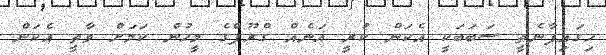
ހިގައިފާނެތީ ސަބަބަކީ އެކަން ކުރީ އަނެއް ގްރޫޕްގެ މީހުން ކަމަށް ވާތީ އެކަން